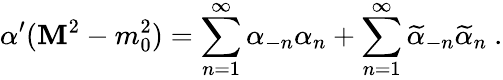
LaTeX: \alpha^{\prime}(\mathbf{M}^{2}-m_{0}^{2})=\sum_{n=1}^{\infty}\alpha_{-n}\alpha_{n}+\sum_{n=1}^{\infty}\widetilde{{\alpha}}_{-n}\widetilde{{\alpha}}_{n}\ .